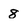
Character: 8